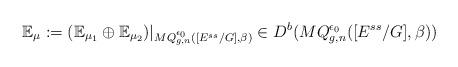
LaTeX: \begin{align*}\mathbb{E}_{\mu}:=(\mathbb{E}_{\mu_1}\oplus\mathbb{E}_{\mu_2})|_{MQ^{\epsilon_0}_{g,n}([E^{ss}/G],\beta)}\in D^b(MQ^{\epsilon_0}_{g,n}([E^{ss}/G],\beta))\end{align*}